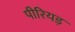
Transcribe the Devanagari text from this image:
पीरियड़